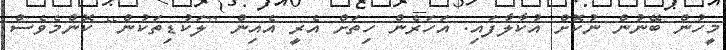
މީހުން ބޭނުން ނުކޮށް އުކާލާފައި. އަހަރެން ހިތަށް އެރީ އެއިން [ލަކުޑިތަކުން] ކޮންމެވެސް